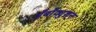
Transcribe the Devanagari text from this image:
अँबाँक्युशन